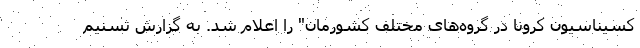
کسیناسیون کرونا در گروه‌های مختلف کشورمان" را اعلام شد. به گزارش تسنیم